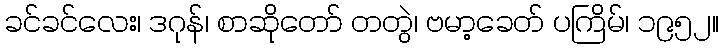
ခင်ခင်လေး၊ ဒဂုန်၊ စာဆိုတော် တတွဲ၊ ဗမာ့ခေတ် ပကြိမ်၊ ၁၉၅၂။